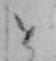
と